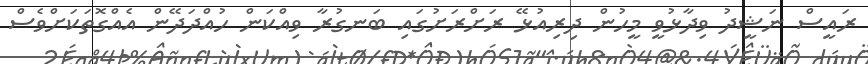
ރައީސް ނަޝީދު ވިދާޅުވީ މީހުން ދިރިއުޅޭ ރަށްރަށުގައި ބަނގުރާ ވިއްކަން ހުއްދަދޭން އެއްގޮތަކަށްވެސް